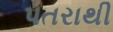
પતરાથી